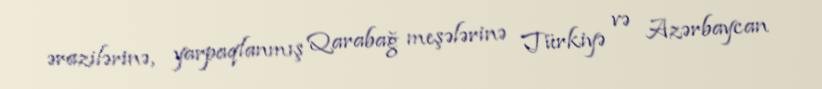
ərazilərinə, yarpaqlanmış Qarabağ meşələrinə Türkiyə və Azərbaycan